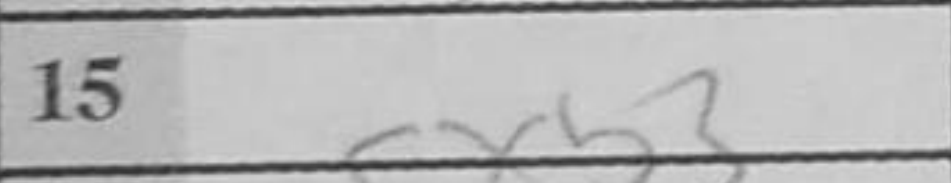
Transcription: cxb3